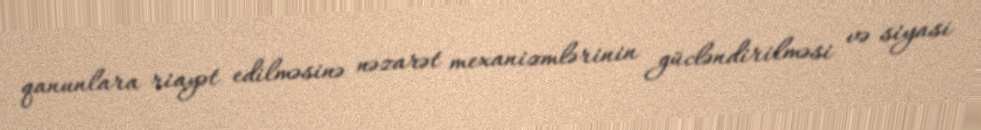
qanunlara riayət edilməsinə nəzarət mexanizmlərinin gücləndirilməsi və siyasi